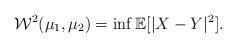
LaTeX: \begin{align*}\mathcal{W}^2(\mu_1,\mu_2) = \inf \mathbb{E}[|X-Y|^2].\end{align*}